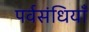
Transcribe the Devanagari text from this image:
पर्वसंधियाँ